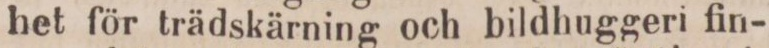
het för trädskärning och bildhuggeri fin-